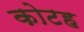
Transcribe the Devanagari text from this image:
कोटह